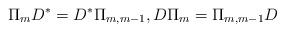
\begin{align*}\Pi_m D^*=D^*\Pi_{m,m-1},D\Pi_m=\Pi_{m,m-1}D\end{align*}